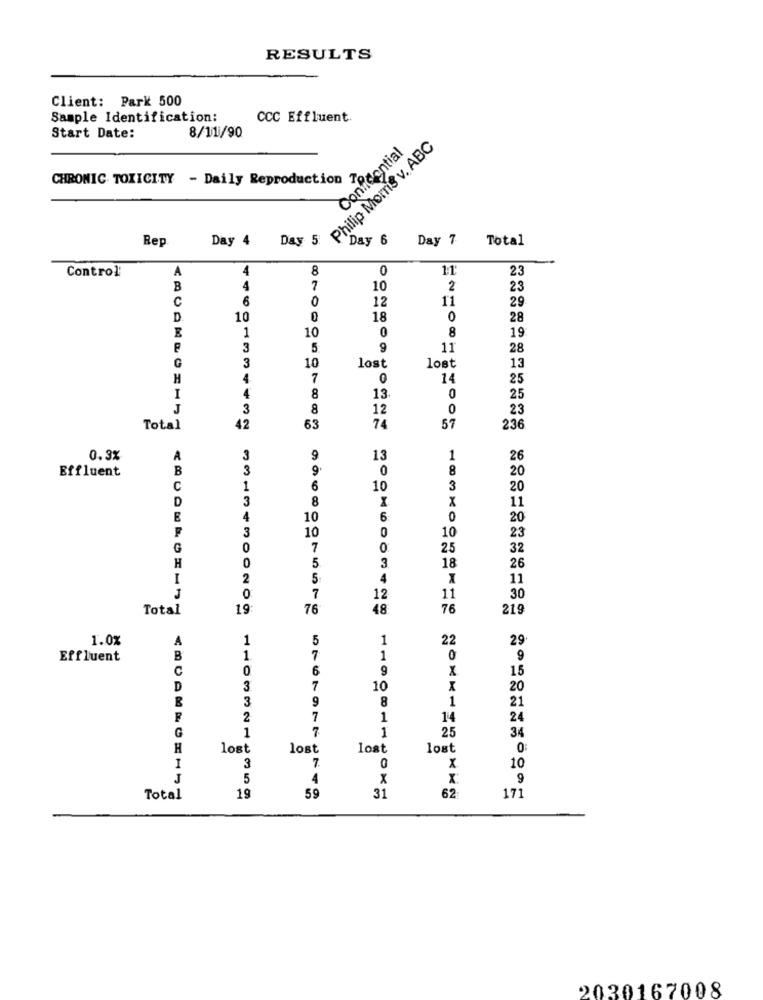
RESULTS
Client: Park 500
Sample Identification:
CCC Effluent.
Start Date:
8/11/90
Philip Morris v. ABC
Confidential
CHRONIC. TOXICITY - Daily Reproduction To
Rep
Day 4
Day 5:
Day 6
Day 7
Total
A
4
8
0
11
23
Control
B
4
7
10
2
23
C
6
0
12
11
29
D
10
D
18
0
28
1
0
8
E
10
19
3
5
9
11
28
3
lost
lost
G
10
13
H
4
7
0
14
25
I
4
8
13
0
25
J
3
8
12
0
23
Total
42
53
74
57
236
0.3%
3
9
13
1
26
Effluent
B
3
9
0
8
20
C
1
6
10
3
20
D
3
X
11
E
4
10
6
0
20
3
10
0
10
23
G
0
7
0
25
32
H
3
18
5
26
2
5
4
11
7
J
0
12
11
30
Total
19
76
18
76
219
1.0%
1
5
1
22
29
Effluent
B
1
7
1
0
9
C
0
6
9
15
D
3
7
10
X
20
3
9
8
1
21
2
7
1
14
24
G
1
7.
1
25
34
H
lost
lost
lost
lost
0:
I
3
7.
0
X
10
5
4
X
X
9
19
62
Total
59
31
171
2030167008